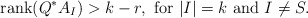
\begin{align*}{\rm rank}(Q^{*}A_I)>k-r,~{\rm for}~|I|=k~{\rm and}~I\neq S.\end{align*}